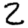
Digit: 2